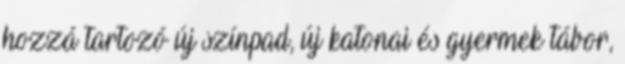
hozzá tartozó új színpad, új katonai és gyermek tábor,